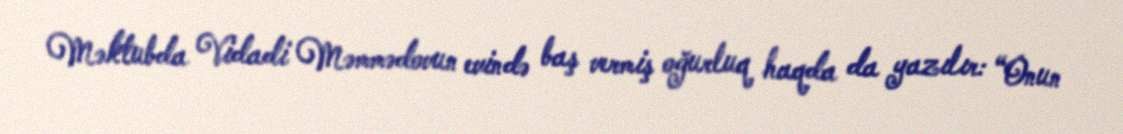
Məktubda Vidadi Məmmədovun evində baş vermiş oğurluq haqda da yazılır: “Onun